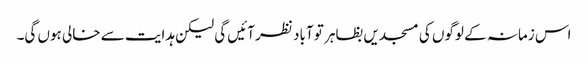
اس زمانہ کے لوگوں کی مسجدیں بظاہر تو آباد نظر آئیں گی لیکن ہدایت سے خالی ہوں گی۔